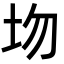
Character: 圽